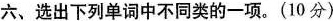
六、选出下列单词中不同类的一项。(10分)